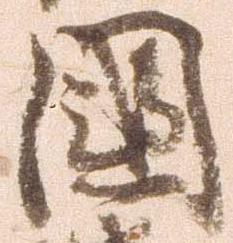
国